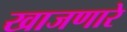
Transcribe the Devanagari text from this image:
खाजणारे